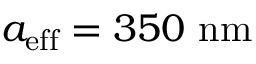
{ a _ { \mathrm { e f f } } = 3 5 0 \ \mathrm { n m } }